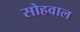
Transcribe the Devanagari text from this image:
सोहवाल